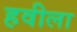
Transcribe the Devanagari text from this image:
हवीला